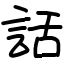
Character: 話